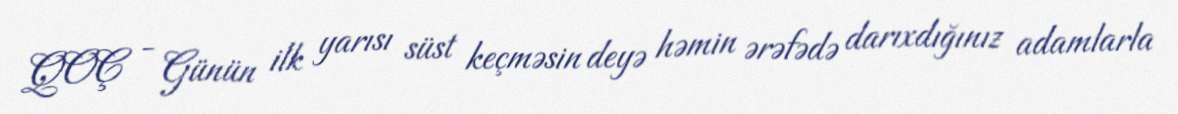
QOÇ - Günün ilk yarısı süst keçməsin deyə həmin ərəfədə darıxdığınız adamlarla